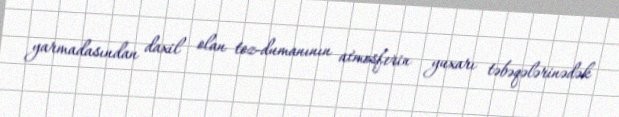
yarmadasından daxil olan toz-dumanının atmosferin yuxarı təbəqələrinədək